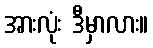
အားလုံး ဒီမှာလား။